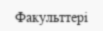
Факульттері